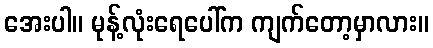
အေးပါ။ မုန့်လုံးရေပေါ်က ကျက်တော့မှာလား။